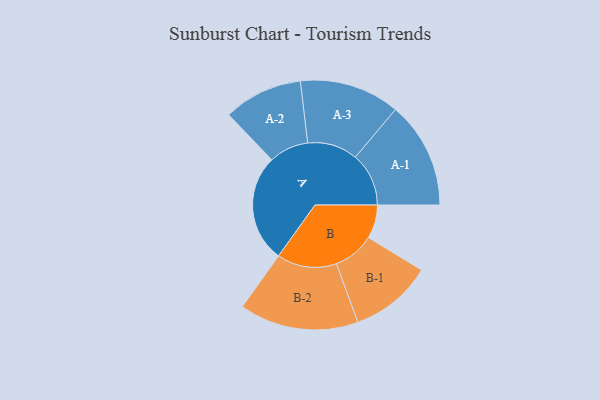
{"axis": {"x": "Segment", "y": "Value"}, "legend": ["", "A", "B"], "data": [{"x": "A", "y": 468, "type": ""}, {"x": "B", "y": 146, "type": ""}, {"x": "A-1", "y": 232, "type": "A"}, {"x": "A-2", "y": 172, "type": "A"}, {"x": "A-3", "y": 218, "type": "A"}, {"x": "B-1", "y": 179, "type": "B"}, {"x": "B-2", "y": 259, "type": "B"}]}